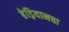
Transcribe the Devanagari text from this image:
हेड्रियानचा